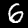
Digit: 6